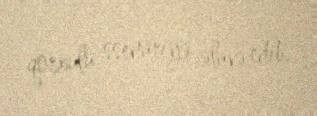
qorxulu ssenariyə əlavə edib.